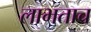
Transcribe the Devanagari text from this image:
लाभताच